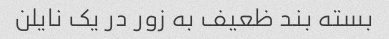
بسته بند ظعیف به زور در یک نایلن